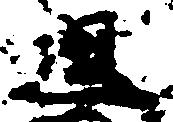
且